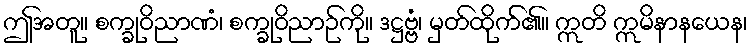
ဤအတူ။ စက္ခုဝိညာဏံ၊ စက္ခုဝိညာဉ်ကို။ ဒဋ္ဌဗ္ဗံ၊ မှတ်ထိုက်၏။ ဣတိ ဣမိနာနယေန၊